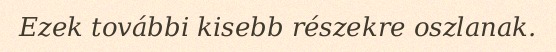
Ezek további kisebb részekre oszlanak.